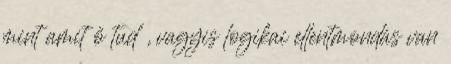
mint amit ő tud , vagyis logikai ellentmondás van